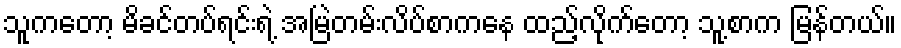
သူကတော့ မိခင်တပ်ရင်းရဲ့ အမြဲတမ်းလိပ်စာကနေ ထည့်လိုက်တော့ သူ့စာက မြန်တယ်။